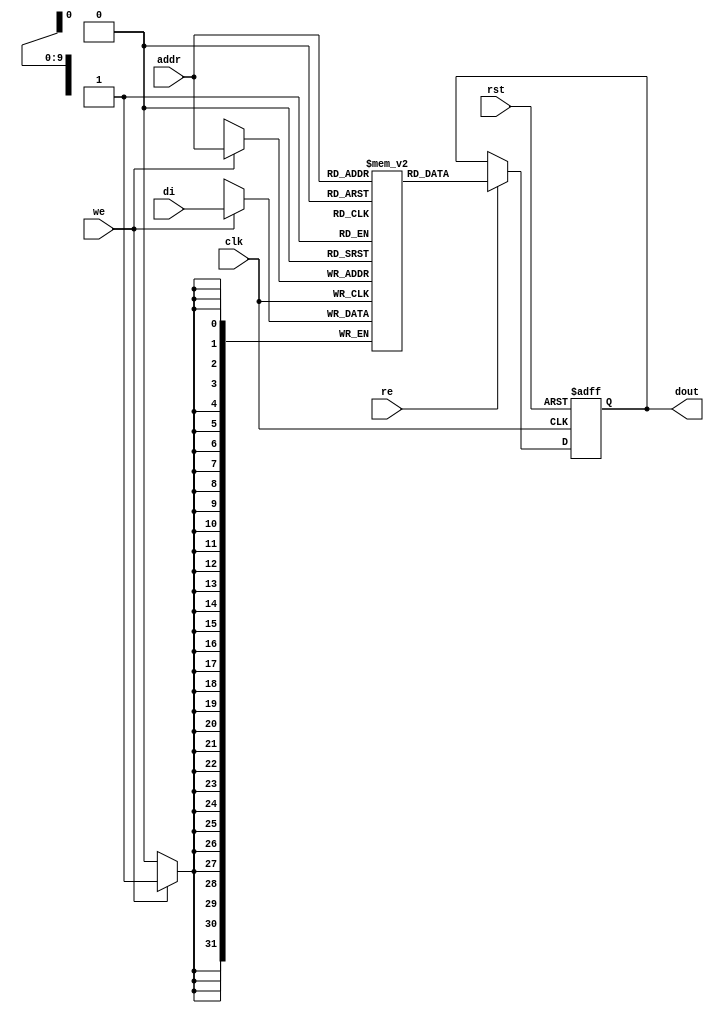

module rams_sp_re_we_asynch_rst_1024x32_neg (clk, rst, we, re, addr, di, dout);
input clk, rst;
input we, re;
input [9:0] addr;
input [31:0] di;
output reg [31:0] dout;

reg [31:0] RAM [1023:0];
// reg [31:0] dout;


always @(negedge clk)
    begin
        if (we)
            RAM[addr] <= di;
    end

always @(negedge clk, posedge rst)
    begin
        if (rst)
            dout <= 0;
        else if (re)
            dout <= RAM[addr];
    end

endmodule